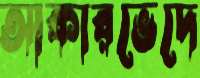
আকারভেদে